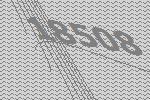
18508